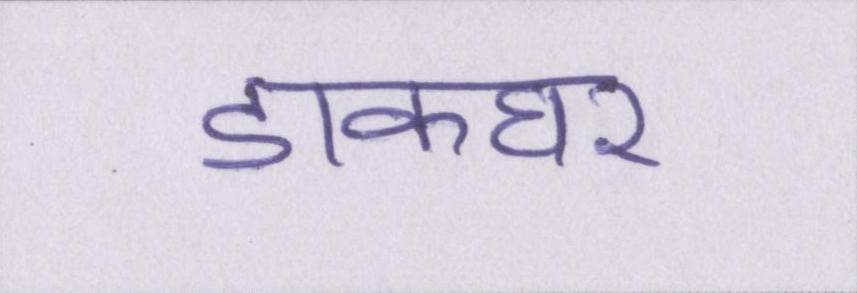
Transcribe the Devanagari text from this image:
डाकघर